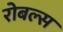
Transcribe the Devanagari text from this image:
रोबल्स